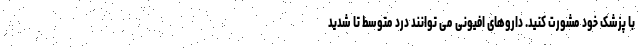
با پزشک خود مشورت کنید. داروهای افیونی می توانند درد متوسط تا شدید